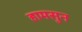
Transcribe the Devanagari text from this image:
हामसुन